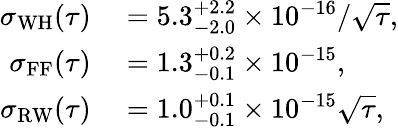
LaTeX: \begin{array}{rl}{\sigma_{\mathrm{WH}}(\tau)}&{{}=5.3_{-2.0}^{+2.2}\times 10^{-16}/\sqrt{\tau},}\\ {\sigma_{\mathrm{FF}}(\tau)}&{{}=1.3_{-0.1}^{+0.2}\times 10^{-15},}\\ {\sigma_{\mathrm{RW}}(\tau)}&{{}=1.0_{-0.1}^{+0.1}\times 10^{-15}\sqrt{\tau},}\end{array}